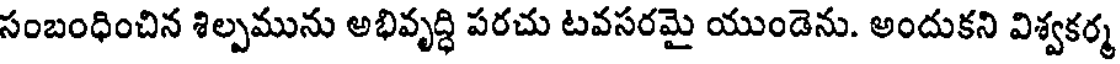
సంబంధించిన శిల్పమును అభివృద్ధి పరచు టవసరమై యుండెను. అందుకని విశ్వకర్మ